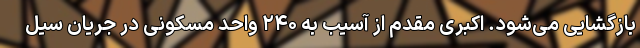
بازگشایی می‌شود. اکبری مقدم از آسیب به ۲۴۰ واحد مسکونی در جریان سیل